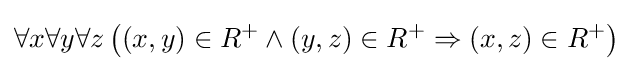
\forall x\forall y\forall z\left((x,y)\in R^{+}\wedge (y,z)\in R^{+}\Rightarrow (x,z)\in R^{+}\right)